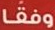
وفقا